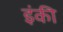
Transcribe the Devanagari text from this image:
इंकी